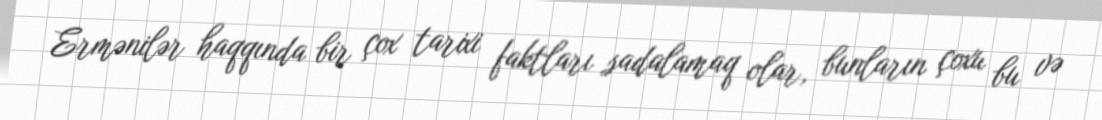
Ermənilər haqqında bir çox tarixi faktları sadalamaq olar, bunların çoxu bu və